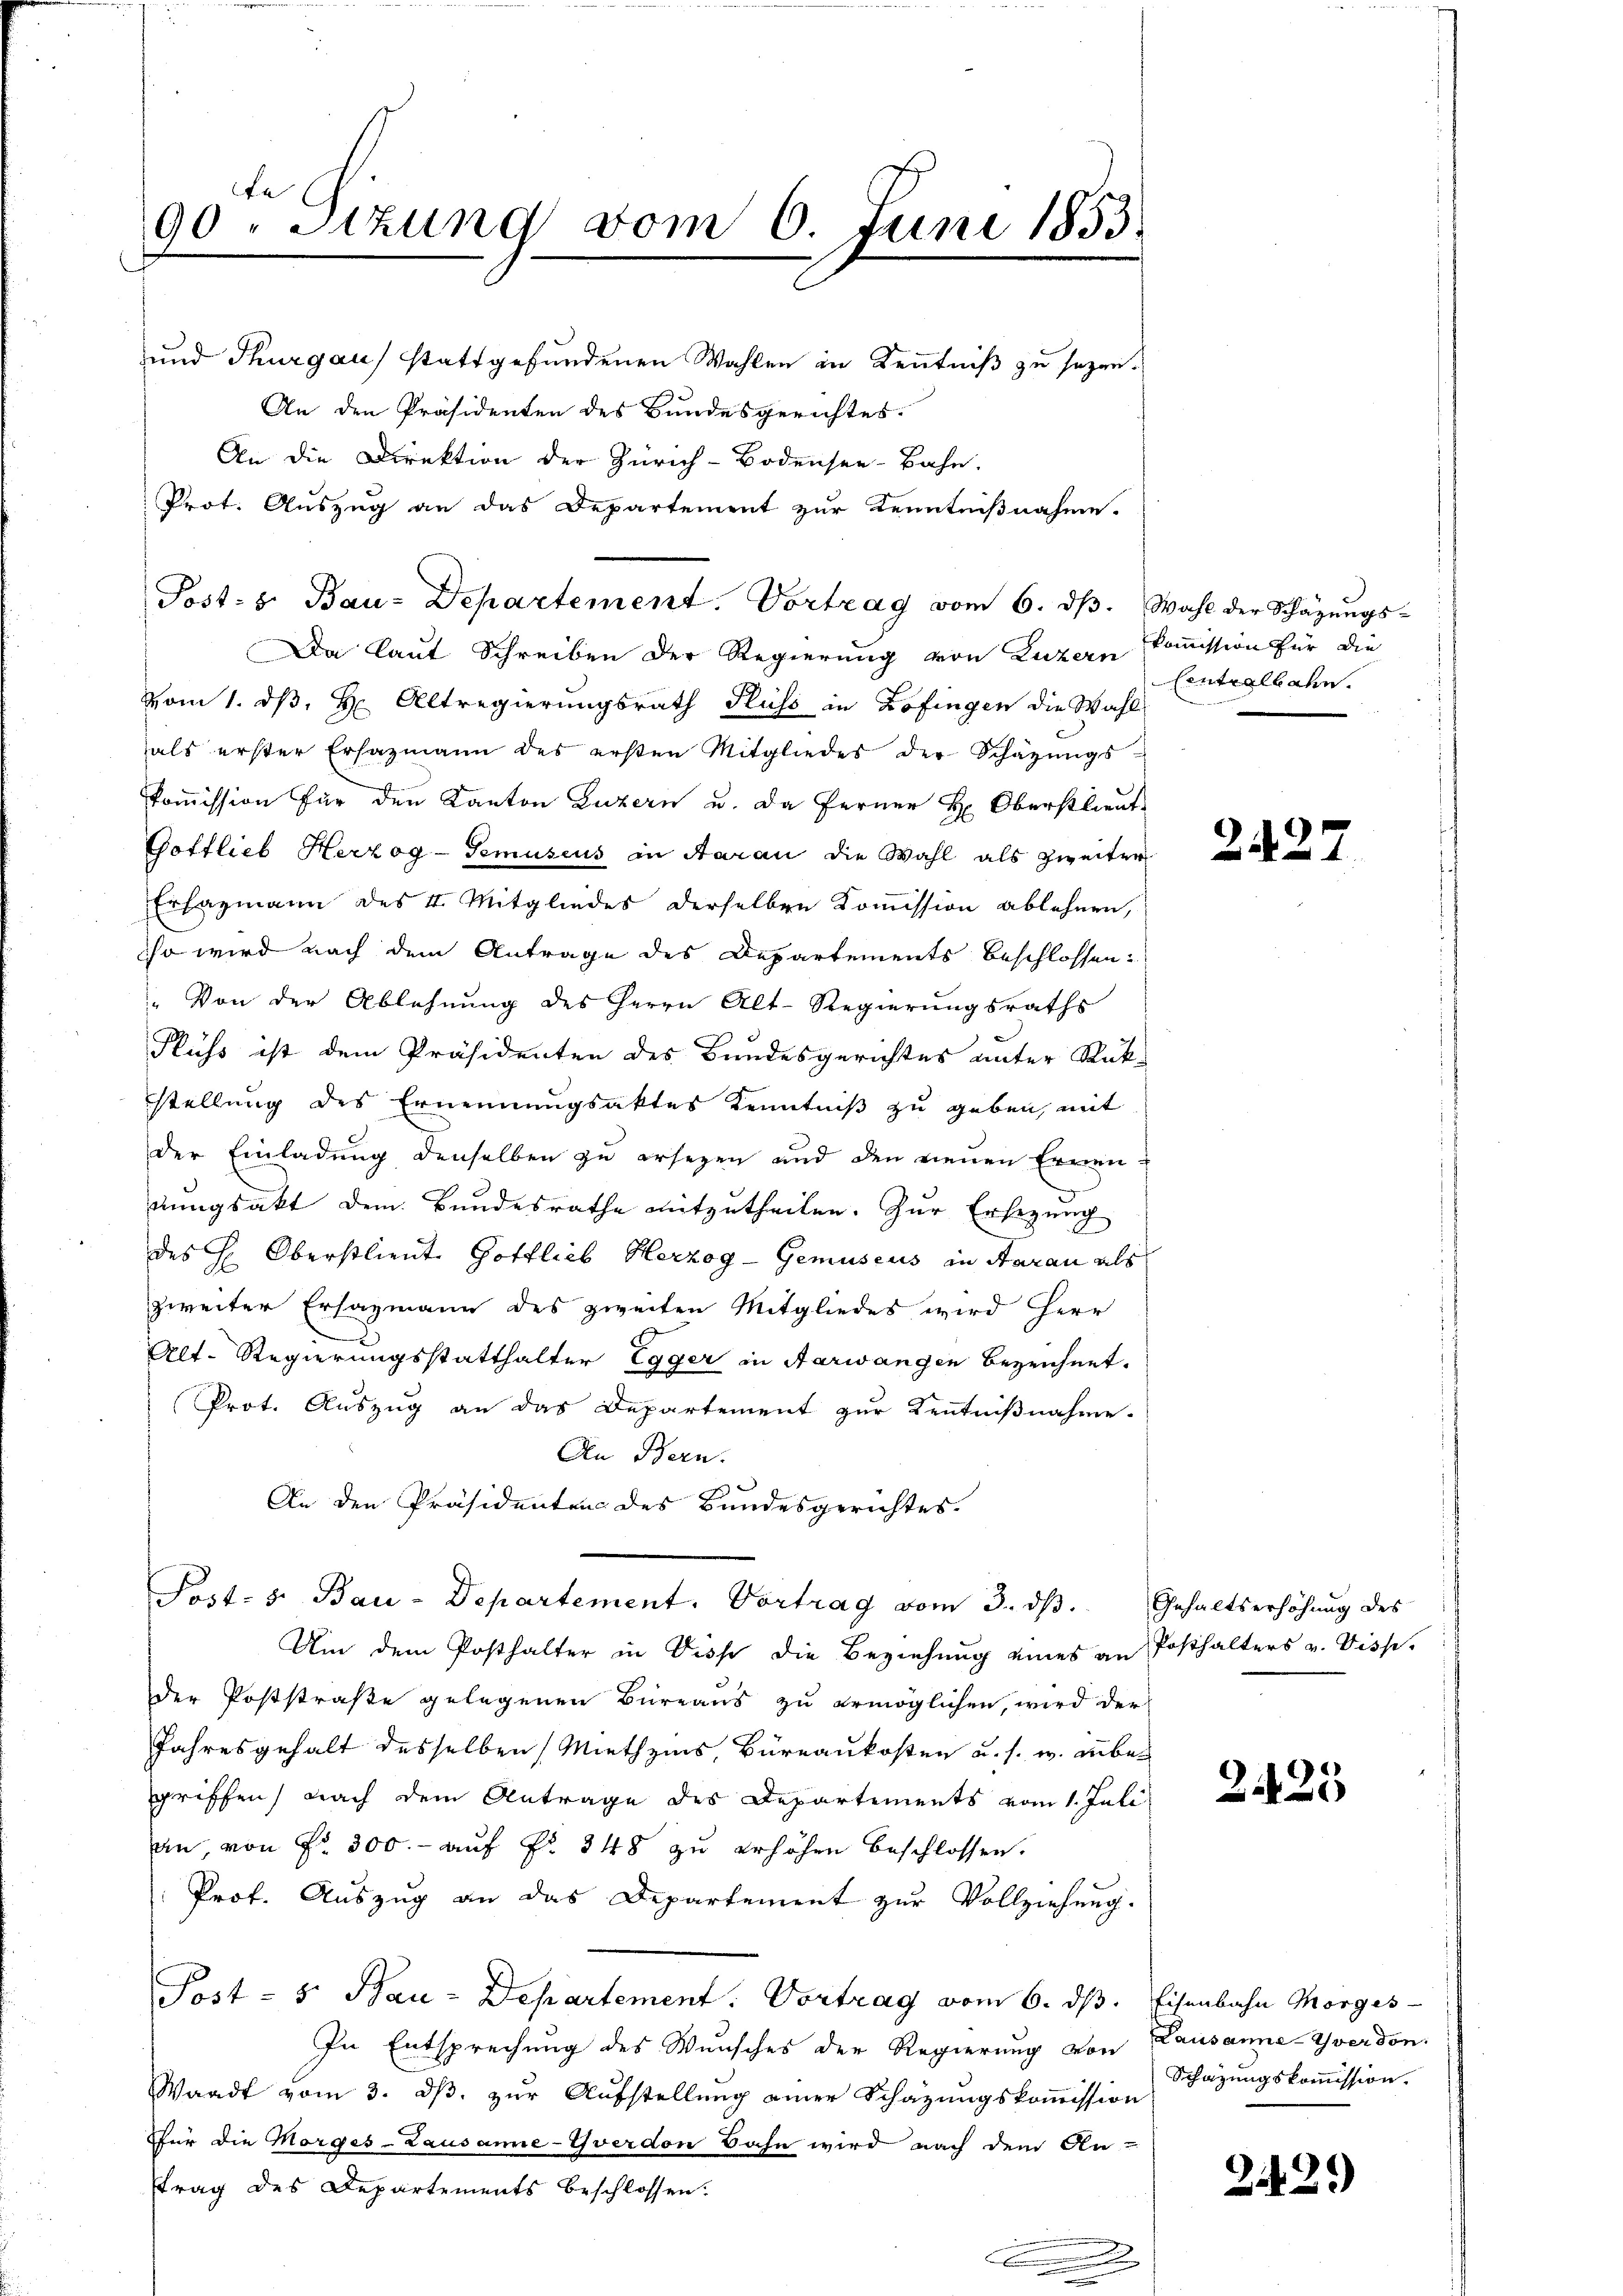
te
90. Sizung vom 6. Juni 1853.

und Thurgau) stattgefundenen Wahlen in Kenntniß zu sezen.
An den Präsidenten des Bundesgerichtes.
An die Direktion der Zürich-Bodensee-Bahn.
Prot. Auszug an das Departement zur Kenntnißnahme.
Post- u. Bau-Departement. Vortrag vom 6. dβ. Wahl der Schäzŭngs-
Da laut Schreiben der Regierung von Luzern kommission für die
vom 1. ds. Hr. Altregierungsrath Fluss in Zofingen die Wahl
als erster Ersazmann des ersten Mitgliedes der Schäzŭngs-
kommission für den Kanton Luzern u. da ferner H: Oberstlieut
Gottlieb Herzog -Semuseus in Aarau die Wahl als zweiter
Erfazmann des 4 Mitgliedes derselben Kommission ablehnen,
iso wird nach dem Antrage des Departements beschlossen:
" Von der Ablehnung des Herrn Alt-Regierungsraths
Fluss ist dem Präsidenten des Bundesgerichtes unter Rück-
stellung des Ernennungsaktes Kenntniß zu geben, mit
der Einladung denselben zu ersezen und den neuen Ernen-
.
dungsakt dem Bundesrathe mitzutheilen. Zur Ersezung
des H: Oberstlieut Gottlieb Herzog-Gemuseus in daran als
zweiter Ersazmann des zweiten Mitgliedes wird Herr
Alt-Regierungsstatthalter Egger in Aarwangen bezeichnet.
Prot. Auszug an das Departement zur Kenntnißnahme.
An Bern.
An den Präsidenten des Bundesgerichtes.
Post- s. Bau-Departement. Vortrag vom 3. dβ. Gehaltserhöhŭng des
Um dem Posthalter in Disse die Beziehung eines an Posthalters v. Viss.
der Poststraße gelegenen Büreaus zu ermöglichen, wird der
Jahresgehalt desselben Miethzins Büreaukosten u. s. w. anbegriffen, nach dem Antrage des Departements vom 1. Juli
an, von Fr. 300.- auf Fr. 348 zu erhöhen beschlossen.
Prof. Auszug an das Departement zur Vollziehung.
Post - 5. Bau-Departement: Vortrag vom 6. dβ. Eisenbahn Morges
In Entsprechung des Wunsches der Regierung von
Waadt vom 3. dβ, zur Aufstellung einer Schazungskommission
für die Morges - Lausanne-Yverdon Bahn wird nach dem An-
ftrag des Departements beschlossen:

Centralbahn.

2427

225

Lausanne-Yverdon.
Schazungskommission.

242)